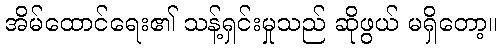
အိမ်ထောင်ရေး၏ သန့်ရှင်းမှုသည် ဆိုဖွယ် မရှိတော့။